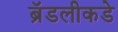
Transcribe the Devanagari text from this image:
ब्रॅडलीकडे